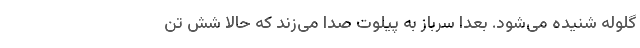
گلوله شنیده می‌شود. بعدا سرباز به پیلوت صدا می‌زند که حالا شش تن